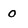
Character: o